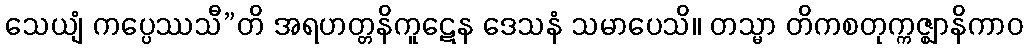
သေယျံ ကပ္ပေဿသီ”တိ အရဟတ္တနိကူဋေန ဒေသနံ သမာပေသိ။ တသ္မာ တိကစတုက္ကဇ္ဈာနိကာဝ